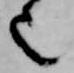
也